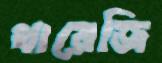
খারেজি